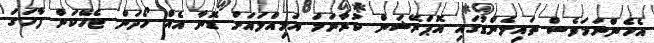
އެހެންނަމަވެސް ތައިލެންޑުގައި އޮޕަރޭޝަން ކުރާނަމަ އަމިއްލައަށް ޑޮނާ އެއް ހޯދަން ޖެހޭކަން ފާހަގަ